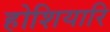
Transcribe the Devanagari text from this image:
होशियारि